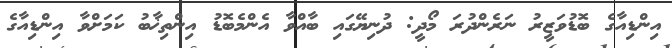
އިންޑިއާގެ ބޮޑުވަޒީރު ނަރެންދުރަ މޯދީ: ދުނިޔޭގައި ބާއްވާ އެންމެބޮޑު އިންތިޚާބު ކަމަށްވާ އިންޑިއާގެ